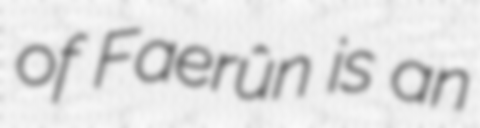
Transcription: of Faerûn is an